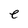
Character: e